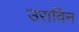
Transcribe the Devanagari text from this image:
उराविन